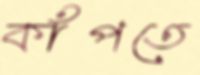
কাঁপতে